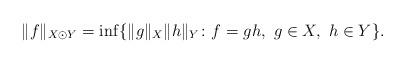
LaTeX: \begin{align*}\|f\|_{X\odot Y}=\inf\{\|g\|_X\|h\|_Y\colon f=gh,\ g\in X,\ h\in Y\}.\end{align*}